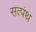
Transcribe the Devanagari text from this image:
सत्पंथ